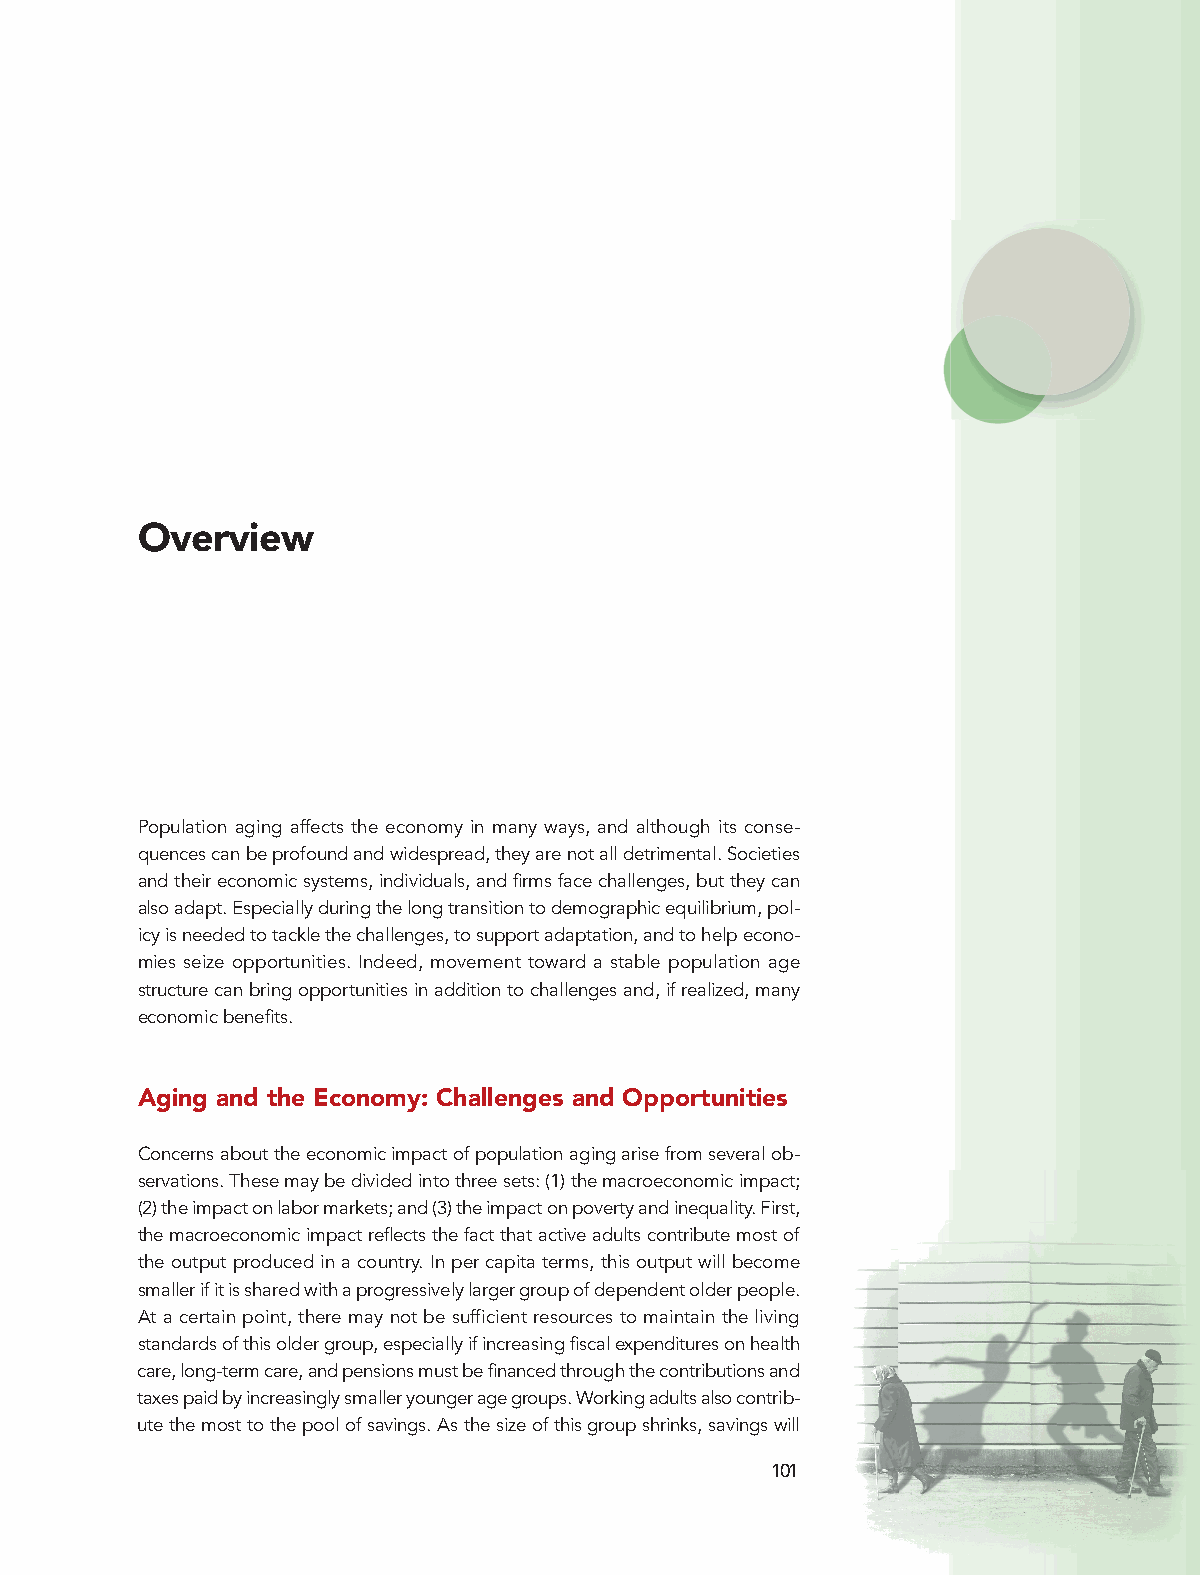
Overview
 Population aging affects the economy in many ways, and although its conse-
 quences can be profound and widespread, they are not all detrimental. Societies
 and their economic systems, individuals, and firms face challenges, but they can
 also adapt. Especially during the long transition to demographic equilibrium, pol-
 icy is needed to tackle the challenges, to support adaptation, and to help econo-
 mies seize opportunities. Indeed, movement toward a stable population age
 structure can bring opportunities in addition to challenges and, if realized, many
 economic benefits.
 Aging and the Economy: Challenges and Opportunities
 Concerns about the economic impact of population aging arise from several ob-
 servations. These may be divided into three sets: (1) the macroeconomic impact;
 (2) the impact on labor markets; and (3) the impact on poverty and inequality. First,
 the macroeconomic impact reflects the fact that active adults contribute most of
 the output produced in a country. In per capita terms, this output will become
 smaller if it is shared with a progressively larger group of dependent older people.
 At a certain point, there may not be sufficient resources to maintain the living
 standards of this older group, especially if increasing fiscal expenditures on health
 care, long-term care, and pensions must be financed through the contributions and
 taxes paid by increasingly smaller younger age groups. Working adults also contrib-
 ute the most to the pool of savings. As the size of this group shrinks, savings will
 101